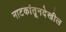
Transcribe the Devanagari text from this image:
नाटकांतूनदेखील